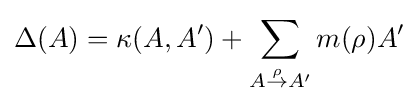
\Delta (A)=\kappa (A,A')+\sum _{A{\stackrel {\rho }{\to }}A'}m(\rho )A'